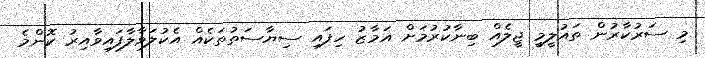
މި ސަރުކާރުން ތައުލީމީ ޖީލެއް ބިނާކުރުމަށް އަމާޒު ހިފައި ސިޔާސަތުތަކެއް އެކުލަވާލާފައިވާއިރު ކޮންމެ